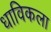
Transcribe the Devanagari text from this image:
धाविकला